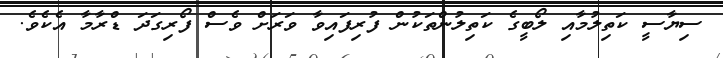
ސިޔާސީ ކަތިލުމާއި ލޯބީގެ ކަތިލުންތަކުން ފުރިފައިވާ ވަރަށް ވެސް ފޯރިގަދަ ޑްރާމާ އެކެވެ.